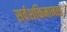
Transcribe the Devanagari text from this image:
सर्वशक्तिमानता